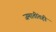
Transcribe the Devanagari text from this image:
जमातींतही